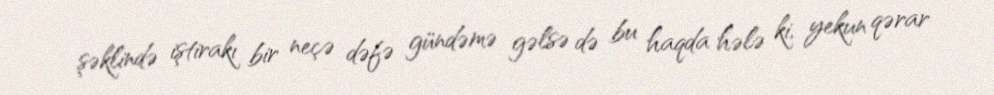
şəklində iştirakı bir neçə dəfə gündəmə gəlsə də bu haqda hələ ki, yekun qərar